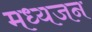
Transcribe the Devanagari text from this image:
मध्यजन